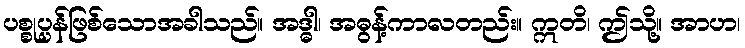
ပစ္စုပ္ပန်ဖြစ်သောအခါသည်။ အဒ္ဓါ၊ အဓွန့်ကာလတည်း။ ဣတိ၊ ဤသို့။ အာဟ၊